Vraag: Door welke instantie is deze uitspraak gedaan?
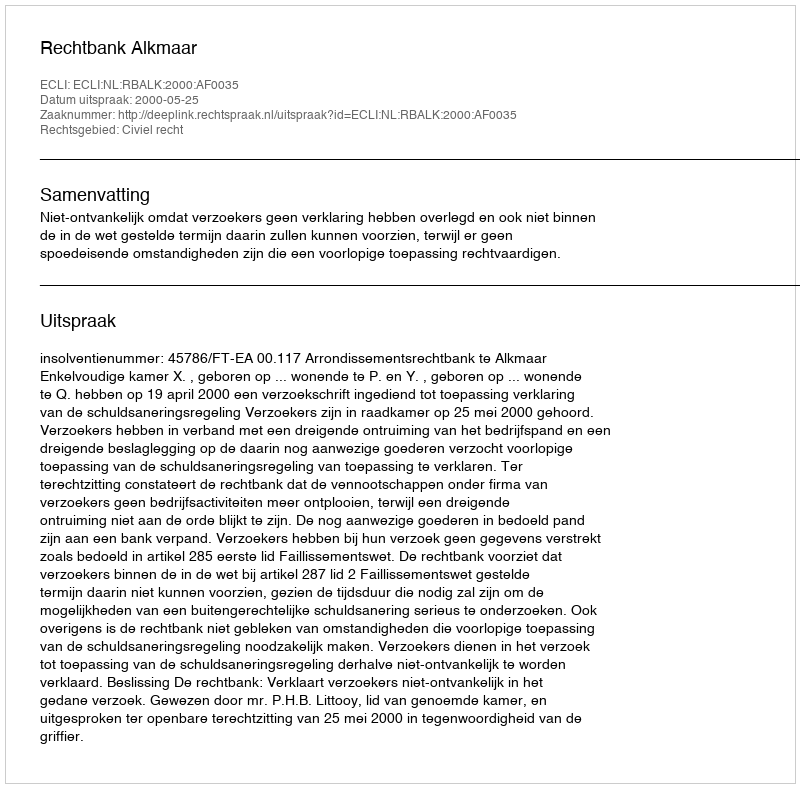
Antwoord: Rechtbank Alkmaar